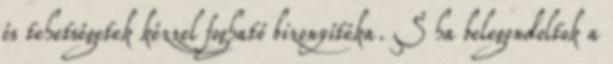
és tehetségetek kézzel fogható bizonyítéka. S ha belegondoltok a